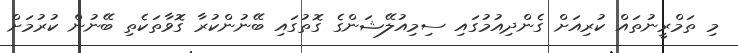
މި ތަމްރީނުތައް ކުރިއަށް ގެންދިއުމުގައި ސިމިއުލޭޝަންގެ ގޮތުގައި ބޭނުންކުރާ ގޮވާތަކެތި ބޭނުން ކުރުމަށް